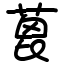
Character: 蓖